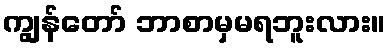
ကျွန်တော် ဘာစာမှမရဘူးလား။